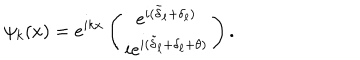
\psi _ { k } ( x ) = e ^ { i k x } \left( \begin{matrix} { { e ^ { i ( \tilde { \delta } _ { \ell } + \delta _ { \ell } ) } } } \\ { { i e ^ { i ( \tilde { \delta } _ { \ell } + \delta _ { \ell } + \theta ) } } } \\ \end{matrix} \right) .